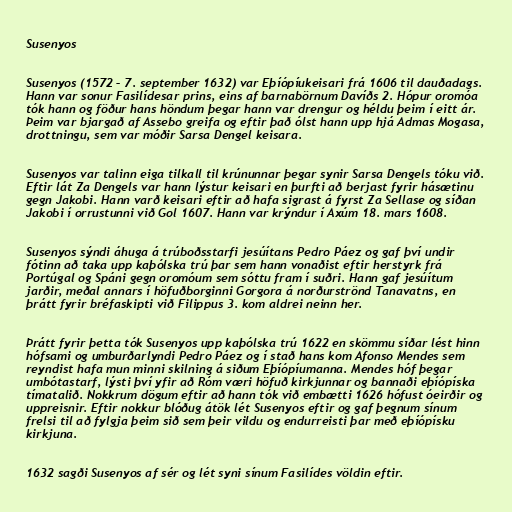
Susenyos

Susenyos (1572 – 7. september 1632) var Eþíópíukeisari frá 1606 til dauðadags.
Hann var sonur Fasilídesar prins, eins af barnabörnum Davíðs 2. Hópur oromóa
tók hann og föður hans höndum þegar hann var drengur og héldu þeim í eitt ár.
Þeim var bjargað af Assebo greifa og eftir það ólst hann upp hjá Admas Mogasa,
drottningu, sem var móðir Sarsa Dengel keisara.

Susenyos var talinn eiga tilkall til krúnunnar þegar synir Sarsa Dengels tóku við.
Eftir lát Za Dengels var hann lýstur keisari en þurfti að berjast fyrir hásætinu
gegn Jakobi. Hann varð keisari eftir að hafa sigrast á fyrst Za Sellase og síðan
Jakobi í orrustunni við Gol 1607. Hann var krýndur í Axúm 18. mars 1608.

Susenyos sýndi áhuga á trúboðsstarfi jesúítans Pedro Páez og gaf því undir
fótinn að taka upp kaþólska trú þar sem hann vonaðist eftir herstyrk frá
Portúgal og Spáni gegn oromóum sem sóttu fram í suðri. Hann gaf jesúítum
jarðir, meðal annars í höfuðborginni Gorgora á norðurströnd Tanavatns, en
þrátt fyrir bréfaskipti við Filippus 3. kom aldrei neinn her.

Þrátt fyrir þetta tók Susenyos upp kaþólska trú 1622 en skömmu síðar lést hinn
hófsami og umburðarlyndi Pedro Páez og í stað hans kom Afonso Mendes sem
reyndist hafa mun minni skilning á siðum Eþíópíumanna. Mendes hóf þegar
umbótastarf, lýsti því yfir að Róm væri höfuð kirkjunnar og bannaði eþíópíska
tímatalið. Nokkrum dögum eftir að hann tók við embætti 1626 hófust óeirðir og
uppreisnir. Eftir nokkur blóðug átök lét Susenyos eftir og gaf þegnum sínum
frelsi til að fylgja þeim sið sem þeir vildu og endurreisti þar með eþíópísku
kirkjuna.

1632 sagði Susenyos af sér og lét syni sínum Fasilídes völdin eftir.